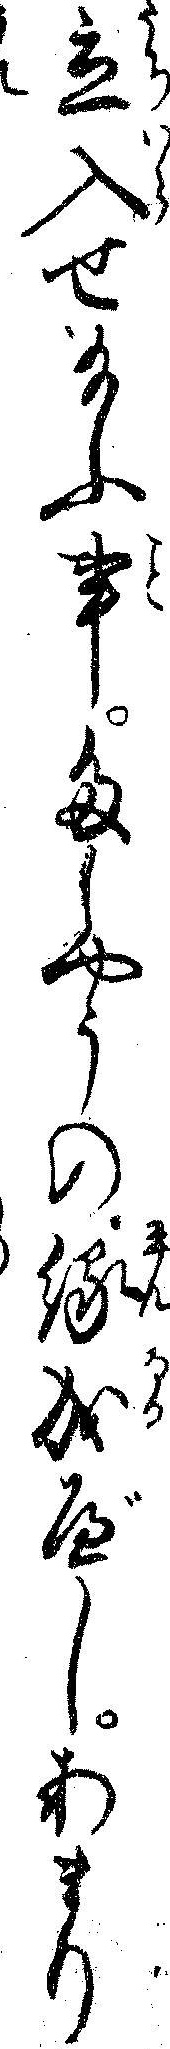
立入せ給ふ事たしやうの縁成べしあまり